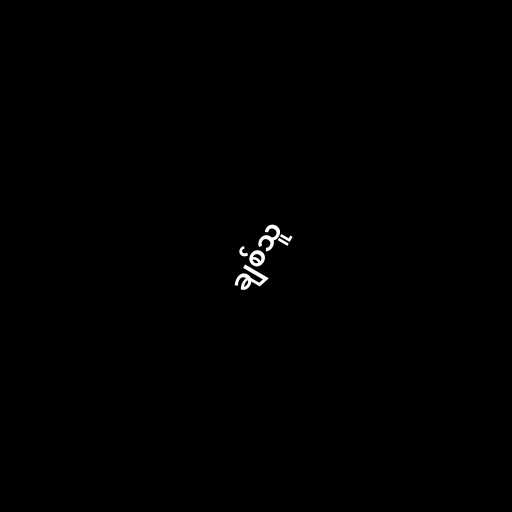
ချစ်သူ